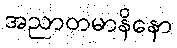
အညာတမာနိနော